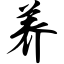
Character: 养